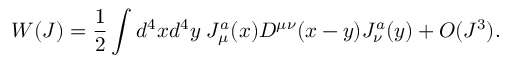
W ( J ) = { \frac { 1 } { 2 } } \int d ^ { 4 } x d ^ { 4 } y \; J _ { \mu } ^ { a } ( x ) D ^ { \mu \nu } ( x - y ) J _ { \nu } ^ { a } ( y ) + { \cal O } ( J ^ { 3 } ) .